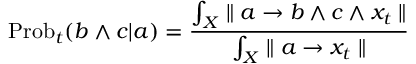
\mathrm { P r o b } _ { t } ( b \wedge c | a ) = { \frac { \int _ { X } \parallel a \rightarrow b \wedge c \wedge x _ { t } \parallel } { \int _ { X } \parallel a \rightarrow x _ { t } \parallel } }